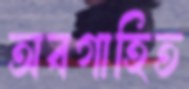
অবগাহিত